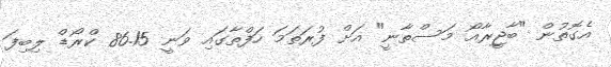
އެގޮތުން "ބާޖީރާއޯ މަސްތާނީ" އަށް ފުރަތަމަ ހަފްތާގައި ވަނީ 86.15 ކްރޯޑް ލިބިފަ